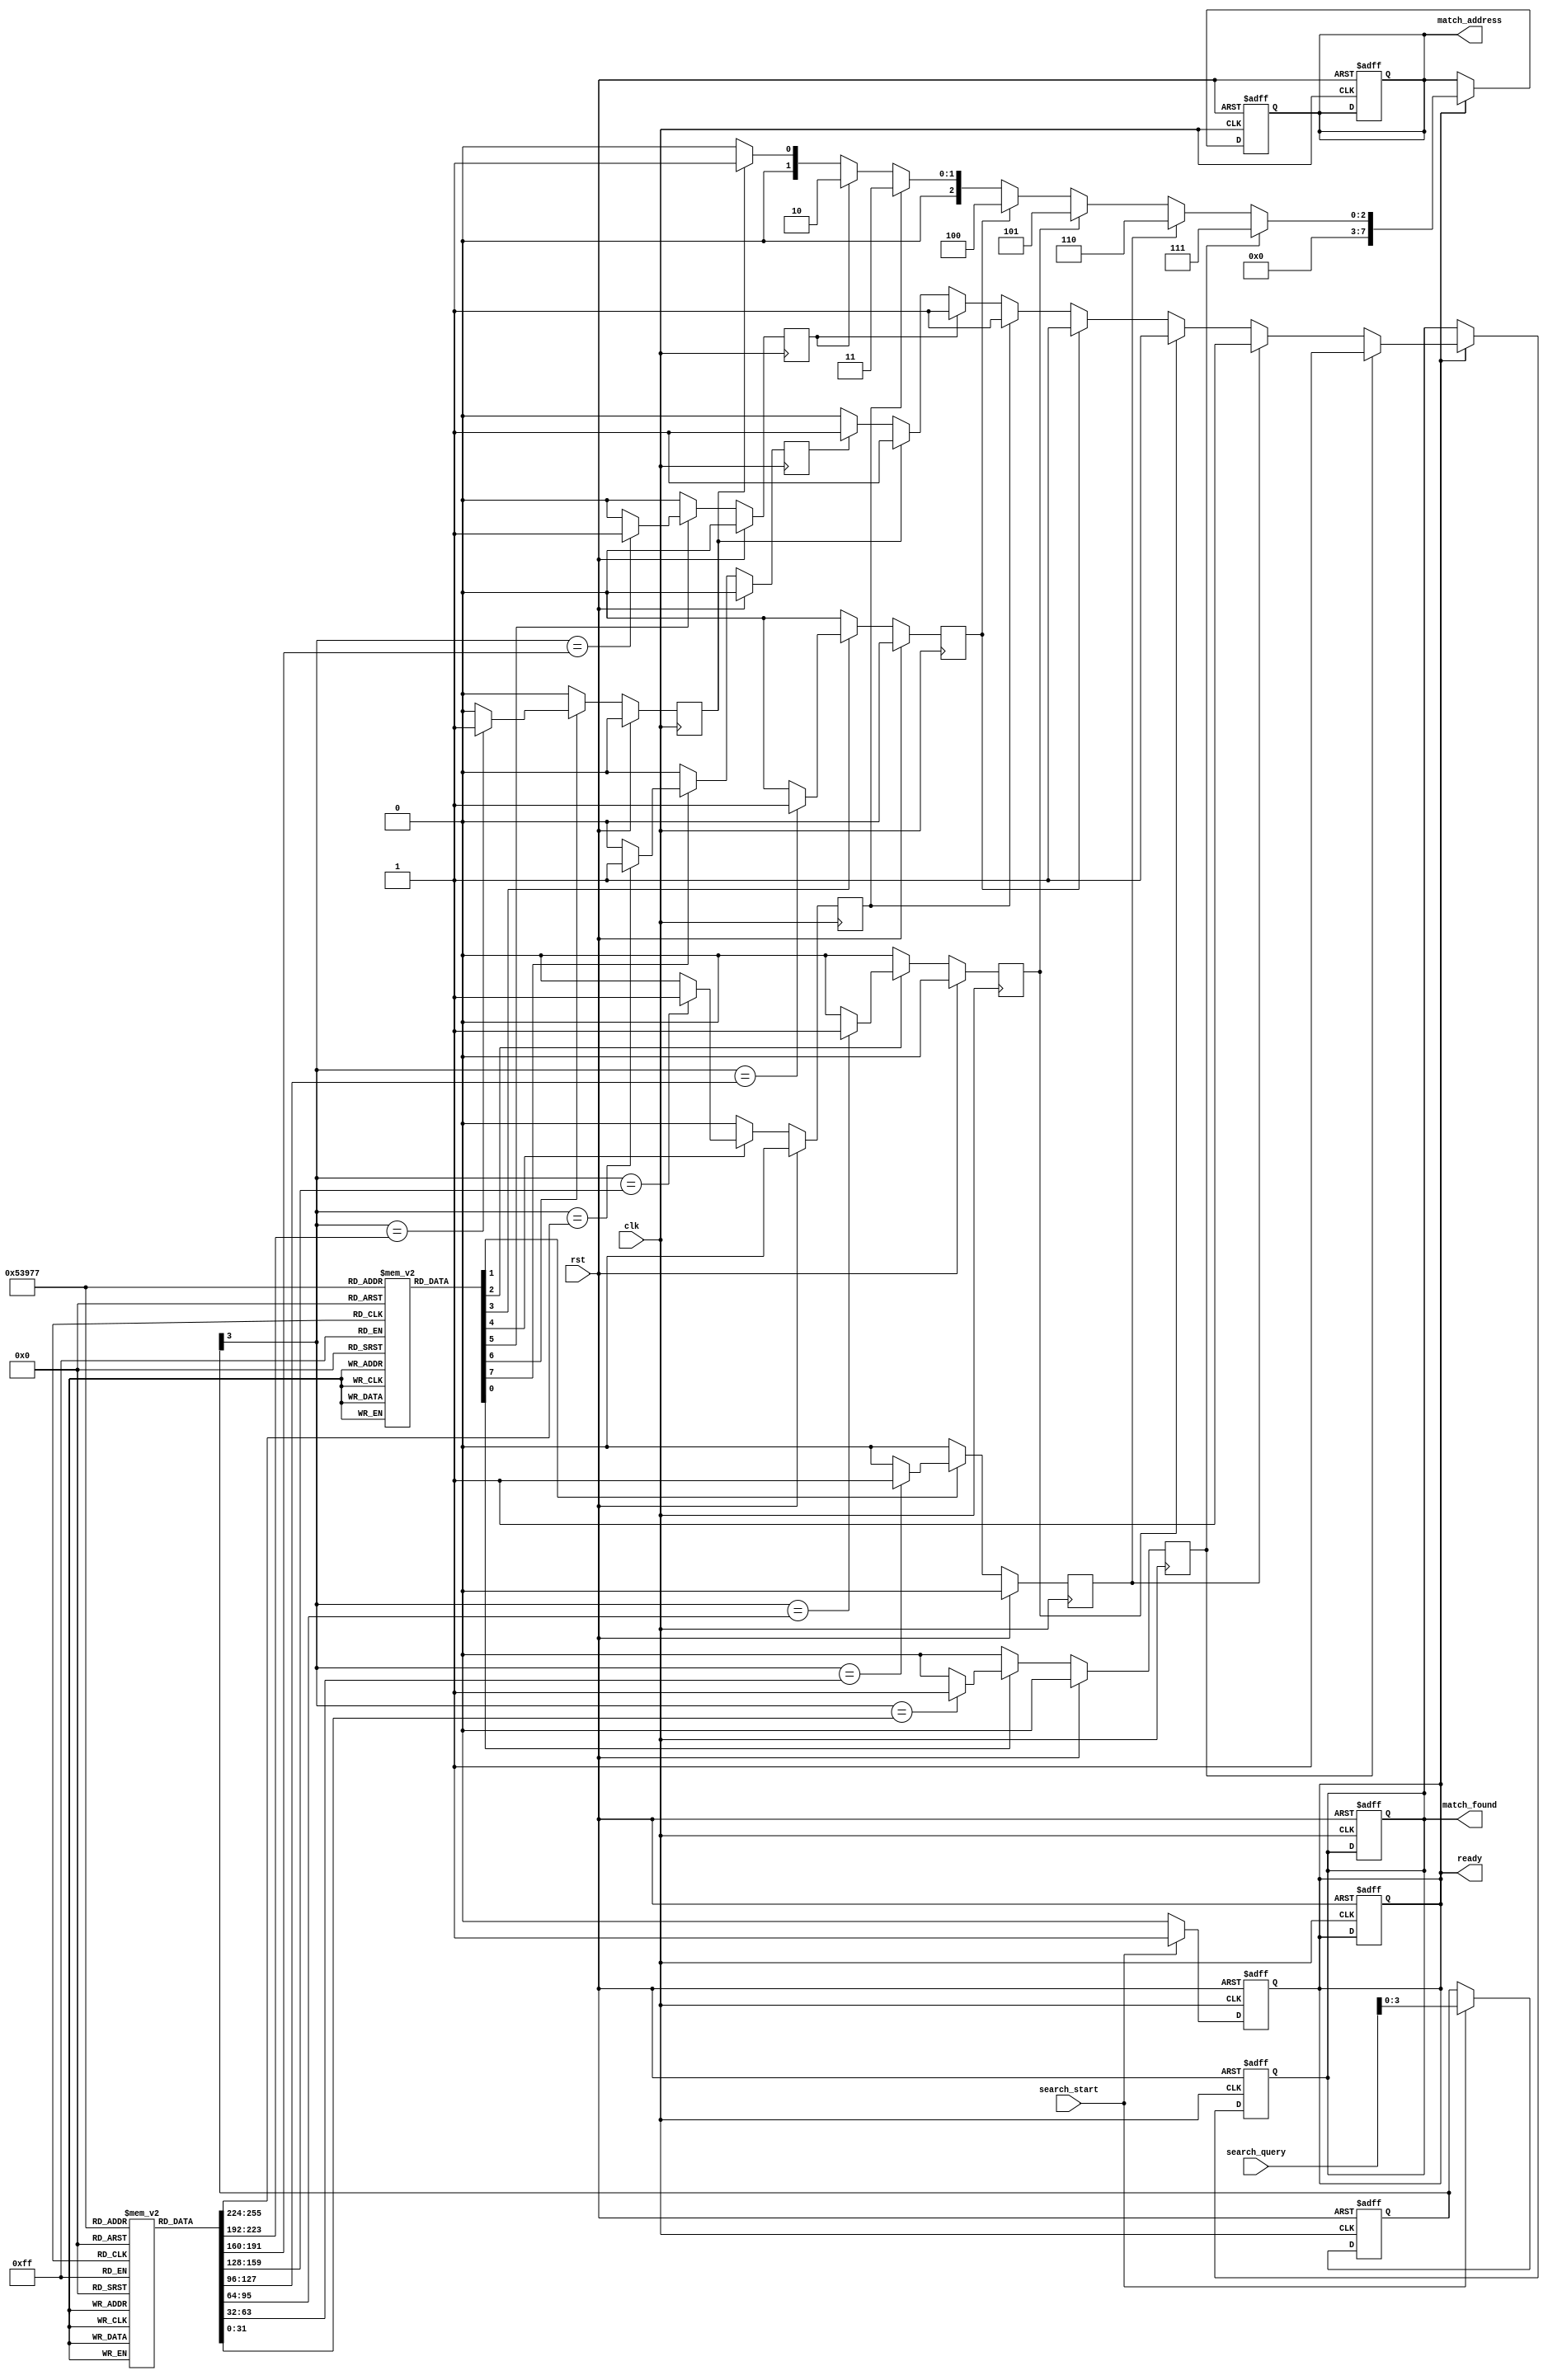
module pipelined_cam #(
    parameter DATA_WIDTH = 32, // Width of the data
    parameter ADDR_WIDTH = 8,  // Number of entries in CAM
    parameter PIPELINE_DEPTH = 4 // Depth of pipeline
) (
    input wire clk,
    input wire rst,
    input wire [DATA_WIDTH-1:0] search_query, // Search query input
    input wire search_start, // Start search signal
    output reg [ADDR_WIDTH-1:0] match_address, // Address of matched entry
    output reg match_found, // Match found indicator
    output reg ready // Output ready indicator
);

// Internal Signal Definitions
reg [DATA_WIDTH-1:0] cam_array [0:ADDR_WIDTH-1]; // CAM array
reg valid_bits [0:ADDR_WIDTH-1]; // Valid bits for each entry
reg [ADDR_WIDTH-1:0] match_line; // Match lines for each entry
reg [PIPELINE_DEPTH-1:0] search_register; // Pipelined registers for search queries
wire [ADDR_WIDTH-1:0] temp_match_line;

// Initialization
integer i;
initial begin
    for (i = 0; i < ADDR_WIDTH; i = i + 1) begin
        cam_array[i] = 0;
        valid_bits[i] = 0;
    end
end

// Input Block (Buffering)
always @(posedge clk or posedge rst) begin
    if (rst) begin
        search_register <= 0;
        ready <= 0;
    end else if (search_start) begin
        search_register <= {search_register[PIPELINE_DEPTH-2:0], search_query};
        ready <= 1;
    end else begin
        ready <= 0;
    end
end

// Search Logic (Comparator)
genvar j;
generate
    for (j = 0; j < ADDR_WIDTH; j = j + 1) begin : compare
        always @(posedge clk) begin
            if (rst) begin
                match_line[j] <= 0;
            end else if (valid_bits[j]) begin
                if (search_register[PIPELINE_DEPTH-1] == cam_array[j]) begin
                    match_line[j] <= 1;
                end else begin
                    match_line[j] <= 0;
                end
            end else begin
                match_line[j] <= 0; // Invalidate comparison for empty entries
            end
        end
    end
endgenerate

// Match Line Generation
always @(posedge clk or posedge rst) begin
    if (rst) begin
        match_address <= 0;
        match_found <= 0;
    end else if (ready) begin
        match_address <= 0;
        match_found <= 0;
        for (i = 0; i < ADDR_WIDTH; i = i + 1) begin
            if (match_line[i]) begin
                match_found <= 1;
                match_address <= i; // Capture the first match found
            end
        end
    end
end

// Output Block (Control Logic)
always @(posedge clk or posedge rst) begin
    if (rst) begin
        // reset outputs
        match_address <= 0;
        match_found <= 0;
        ready <= 0;
    end
end

endmodule